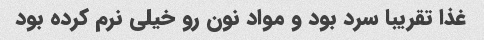
غذا تقریبا سرد بود و مواد نون رو خیلی نرم کرده بود